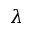
\lambda